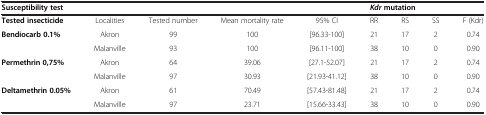
<table><thead><tr><td colspan="5"><b>Susceptibility test</b></td><td colspan="4"><b><i>Kdr </i>mutation</b></td></tr></thead><tbody><tr><td><b>Tested insecticide</b></td><td>Localities</td><td>Tested number</td><td>Mean mortality rate</td><td>95% CI</td><td>RR</td><td>RS</td><td>SS</td><td>F (Kdr)</td></tr><tr><td rowspan="2"><b>Bendiocarb 0.1%</b></td><td>Akron</td><td>99</td><td>100</td><td>[96.33-100]</td><td>21</td><td>17</td><td>2</td><td>0.74</td></tr><tr><td>Malanville</td><td>93</td><td>100</td><td>[96.11-100]</td><td>38</td><td>10</td><td>0</td><td>0.90</td></tr><tr><td rowspan="2"><b>Permethrin 0,75%</b></td><td>Akron</td><td>64</td><td>39.06</td><td>[27.1-52.07]</td><td>21</td><td>17</td><td>2</td><td>0.74</td></tr><tr><td>Malanville</td><td>97</td><td>30.93</td><td>[21.93-41.12]</td><td>38</td><td>10</td><td>0</td><td>0.90</td></tr><tr><td rowspan="2"><b>Deltamethrin 0.05%</b></td><td>Akron</td><td>61</td><td>70.49</td><td>[57.43-81.48]</td><td>21</td><td>17</td><td>2</td><td>0.74</td></tr><tr><td>Malanville</td><td>97</td><td>23.71</td><td>[15.66-33.43]</td><td>38</td><td>10</td><td>0</td><td>0.90</td></tr></tbody></table>